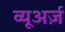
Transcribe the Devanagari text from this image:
व्यूअर्ज़